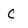
Character: c